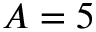
A = 5